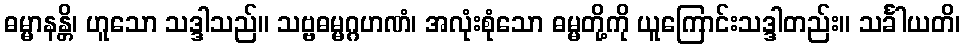
ဓမ္မာနန္တိ၊ ဟူသော သဒ္ဒါသည်။ သဗ္ဗဓမ္မဂ္ဂဟဏံ၊ အလုံးစုံသော ဓမ္မတို့ကို ယူကြောင်းသဒ္ဒါတည်း။ သင်္ခါယတိ၊